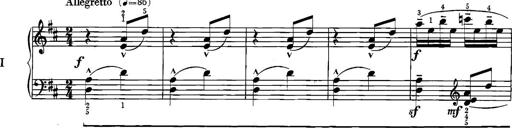
Title: Sonatina for Piano
Composer: BÃ©la BartÃ³k